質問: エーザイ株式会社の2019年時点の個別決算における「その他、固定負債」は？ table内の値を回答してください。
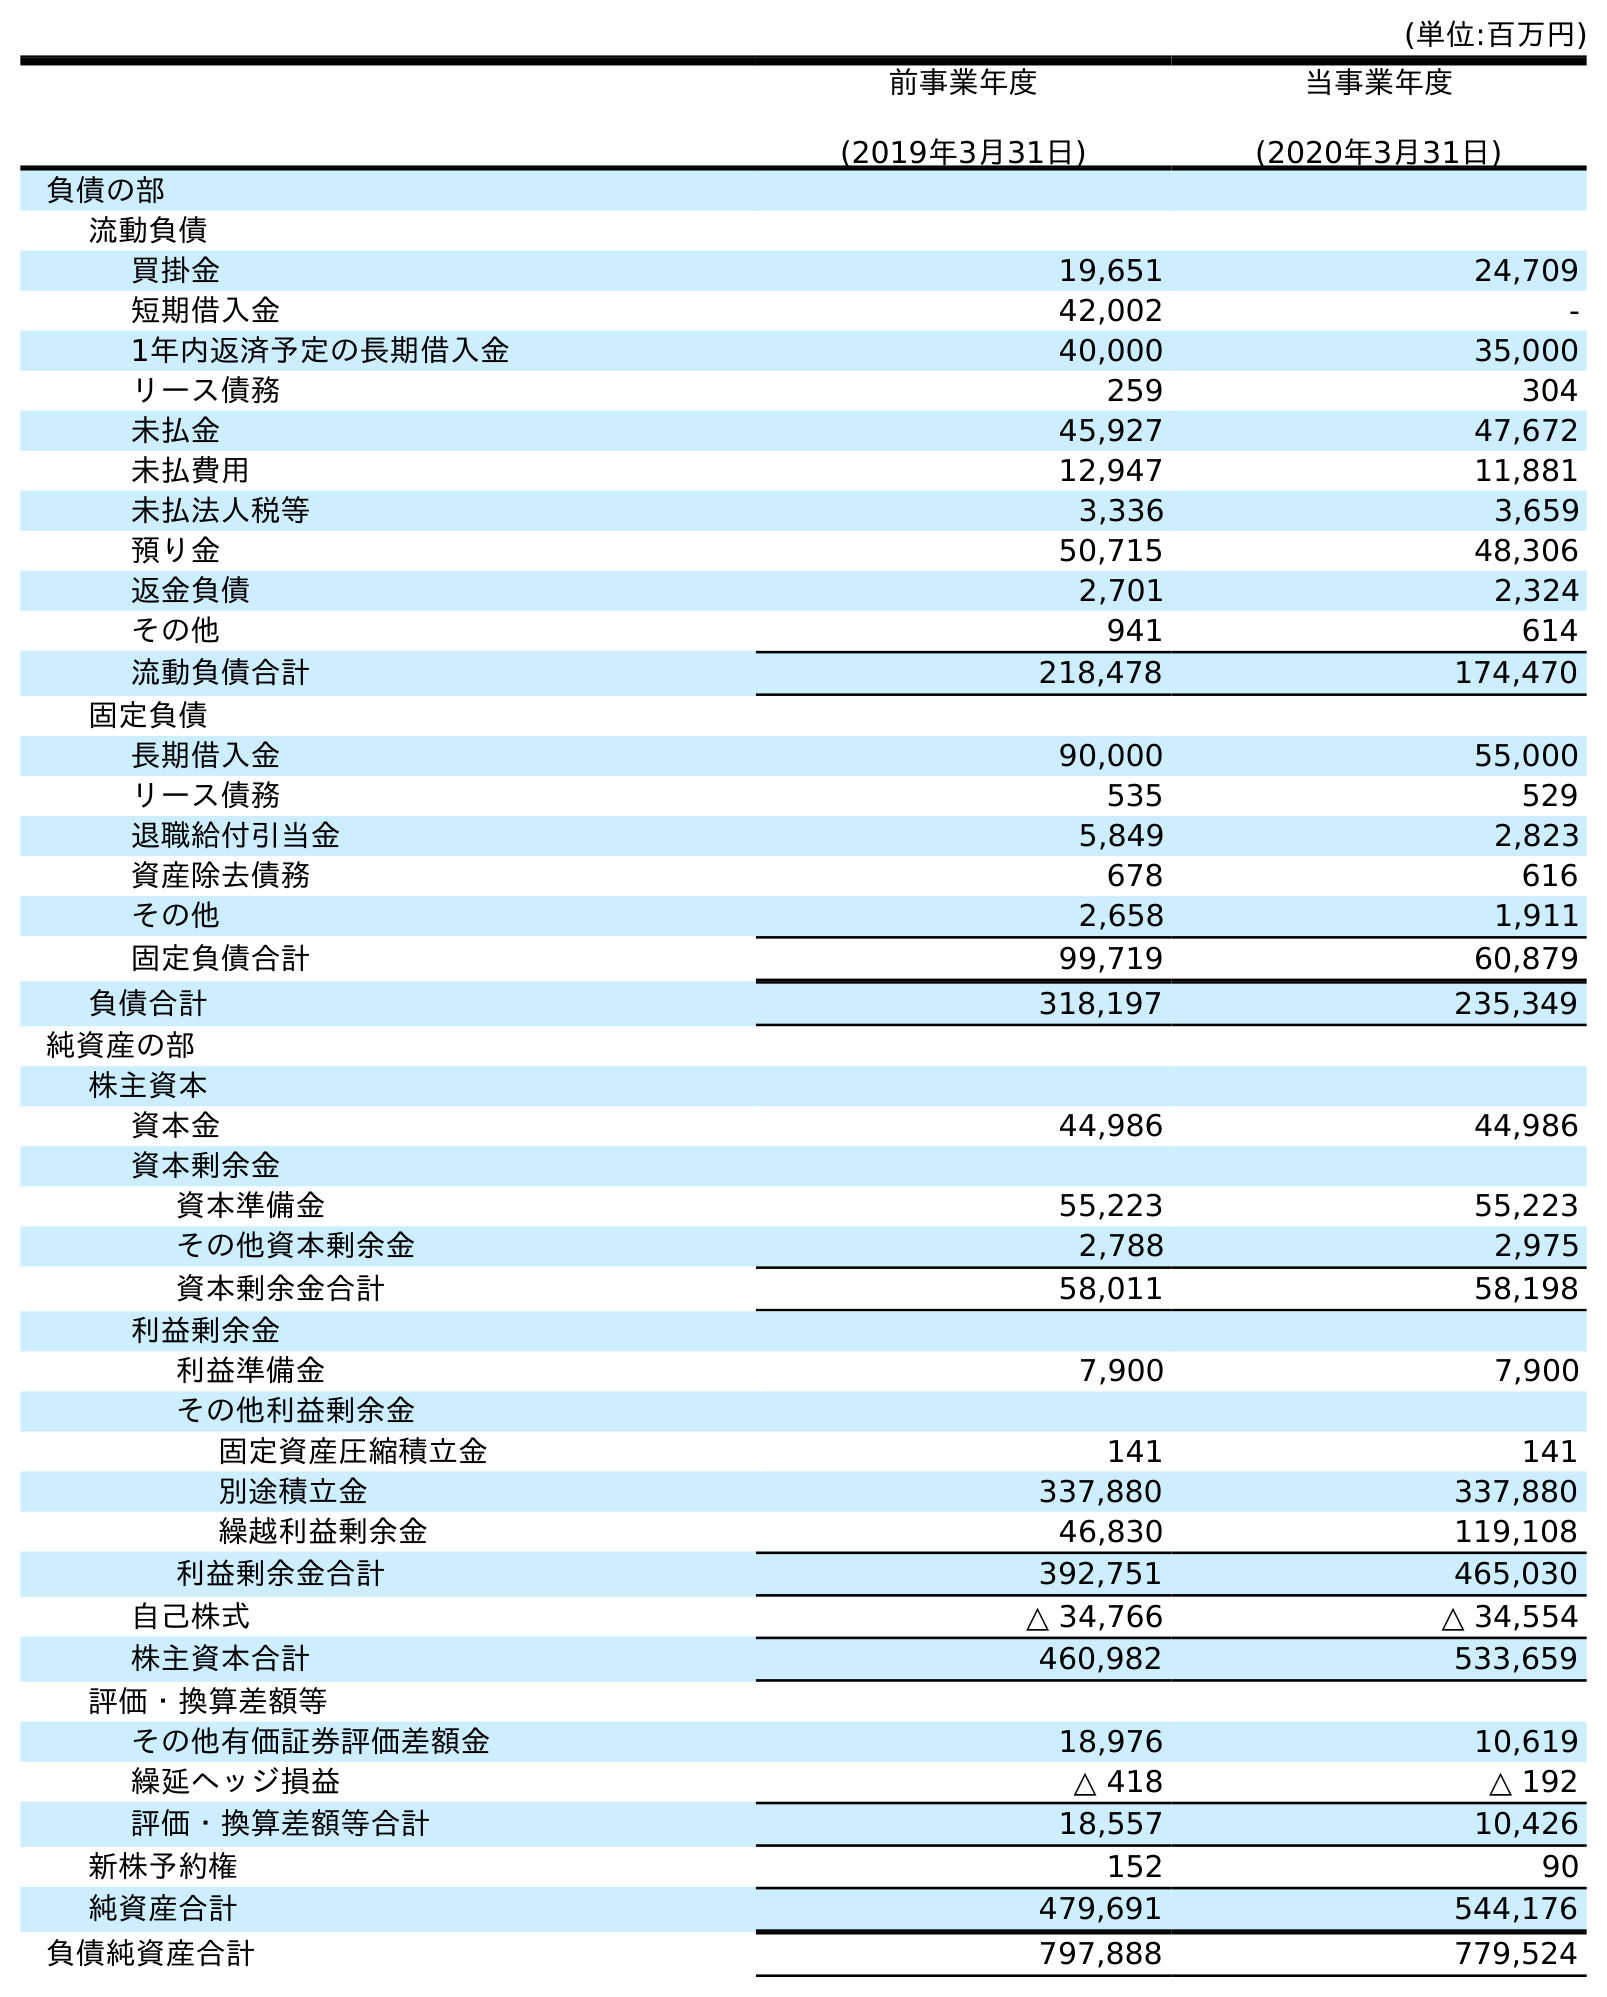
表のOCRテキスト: (単位:百万円) 前事業年度 (2019年3月31日) 当事業年度 (2020年3月31日) 負債の部 流動負債 買掛金 19,651 24,709 短期借入金 42,002 - 1年内返済予定の長期借入金 40,000 35,000 リース債務 259 304 未払金 45,927 47,672 未払費用 12,947 11,881 未払法人税等 3,336 3,659 預り金 50,715 48,306 返金負債 2,701 2,324 その他 941 614 流動負債合計 218,478 174,470 固定負債 長期借入金 90,000 55,000 リース債務 535 529 退職給付引当金 5,849 2,823 資産除去債務 678 616 その他 2,658 1,911 固定負債合計 99,719 60,879 負債合計 318,197 235,349 純資産の部 株主資本 資本金 44,986 44,986 資本剰余金 資本準備金 55,223 55,223 その他資本剰余金 2,788 2,975 資本剰余金合計 58,011 58,198 利益剰余金 利益準備金 7,900 7,900 その他利益剰余金 固定資産圧縮積立金 141 141 別途積立金 337,880 337,880 繰越利益剰余金 46,830 119,108 利益剰余金合計 392,751 465,030 自己株式 △ 34,766 △ 34,554 株主資本合計 460,982 533,659 評価・換算差額等 その他有価証券評価差額金 18,976 10,619 繰延ヘッジ損益 △ 418 △ 192 評価・換算差額等合計 18,557 10,426 新株予約権 152 90 純資産合計 479,691 544,176 負債純資産合計 797,888 779,524
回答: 2,658